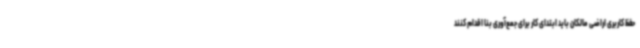
حفظ کاربری اراضی مالکان باید ابتدای کار برای جمع‌آوری بنا اقدام کنند